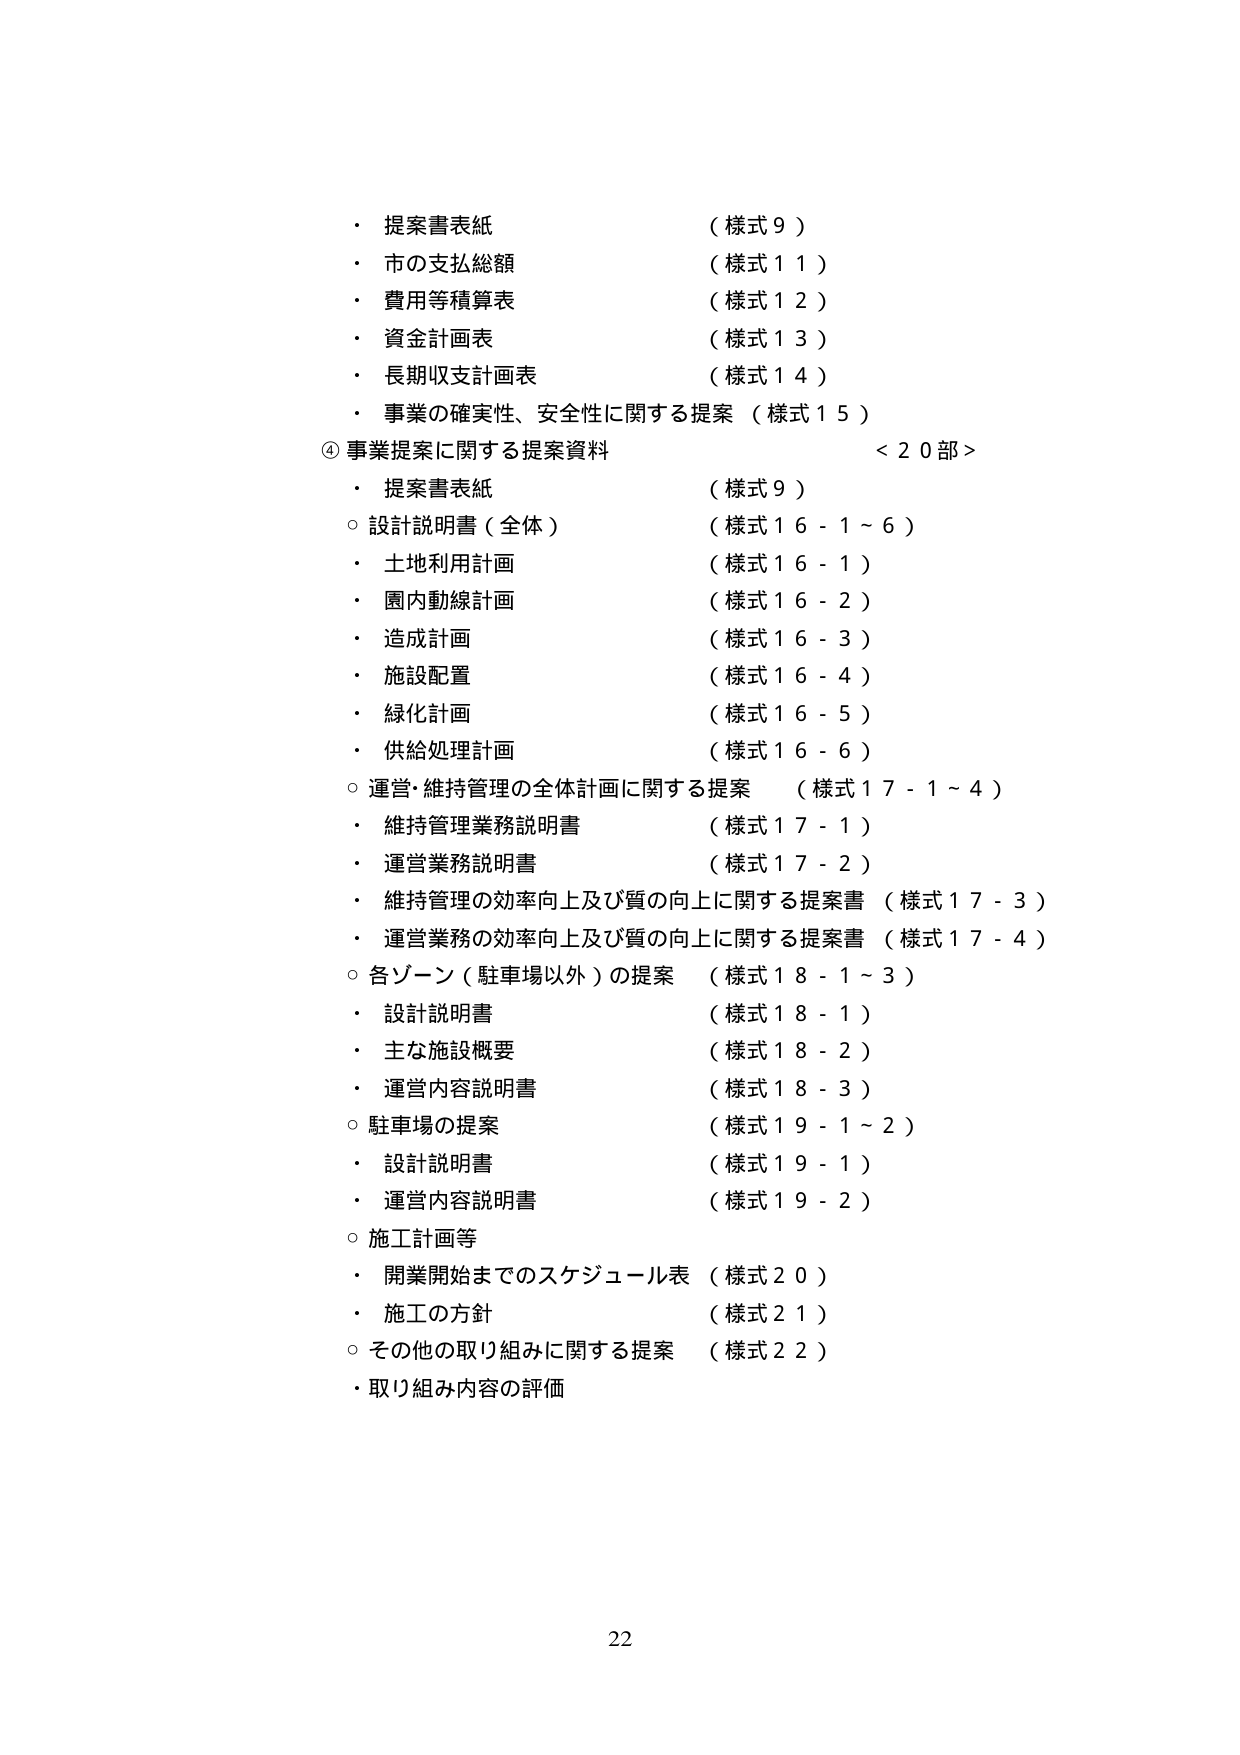
・ 提案書表紙 （様式９）
・ 市の支払総額 （様式１１）
・ 費用等積算表 （様式１２）
・ 資金計画表 （様式１３）
・ 長期収支計画表 （様式１４）
・ 事業の確実性、安全性に関する提案 （様式１５）
④ 事業提案に関する提案資料 ＜２０部＞
・ 提案書表紙 （様式９）
○ 設計説明書（全体） （様式１６－１～６）
・ 土地利用計画 （様式１６－１）
・ 園内動線計画 （様式１６－２）
・ 造成計画 （様式１６－３）
・ 施設配置 （様式１６－４）
・ 緑化計画 （様式１６－５）
・ 供給処理計画 （様式１６－６）
○ 運営・維持管理の全体計画に関する提案 （様式１７－１～４）
・ 維持管理業務説明書 （様式１７－１）
・ 運営業務説明書 （様式１７－２）
・ 維持管理の効率向上及び質の向上に関する提案書 （様式１７－３）
・ 運営業務の効率向上及び質の向上に関する提案書 （様式１７－４）
○ 各ゾーン（駐車場以外）の提案 （様式１８－１～３）
・ 設計説明書 （様式１８－１）
・ 主な施設概要 （様式１８－２）
・ 運営内容説明書 （様式１８－３）
○ 駐車場の提案 （様式１９－１～２）
・ 設計説明書 （様式１９－１）
・ 運営内容説明書 （様式１９－２）
○ 施工計画等
・ 開業開始までのスケジュール表 （様式２０）
・ 施工の方針 （様式２１）
○ その他の取り組みに関する提案 （様式２２）
・ 取り組み内容の評価

22